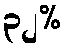
၃၂%